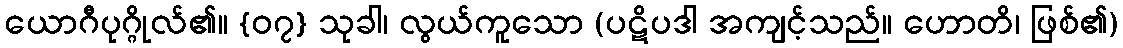
ယောဂီပုဂ္ဂိုလ်၏။ {၀၇} သုခါ၊ လွယ်ကူသော (ပဋိပဒါ အကျင့်သည်။ ဟောတိ၊ ဖြစ်၏)